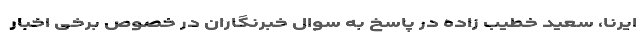
ایرنا، سعید خطیب زاده در پاسخ به سوال خبرنگاران در خصوص برخی اخبار